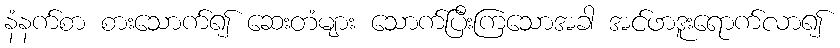
နံနက်စာ စားသောက်၍ ဆေးတံများ သောက်ပြီးကြသောအခါ အင်ဖာဒူးရောက်လာ၍